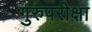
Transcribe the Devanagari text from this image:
गुरुपरीक्षा